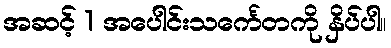
အဆင့် 1 အပေါင်းသင်္ကေတကို နှိပ်ပါ။